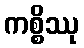
ကစ္စိဿု